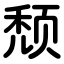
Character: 颓